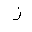
Letter: _zay